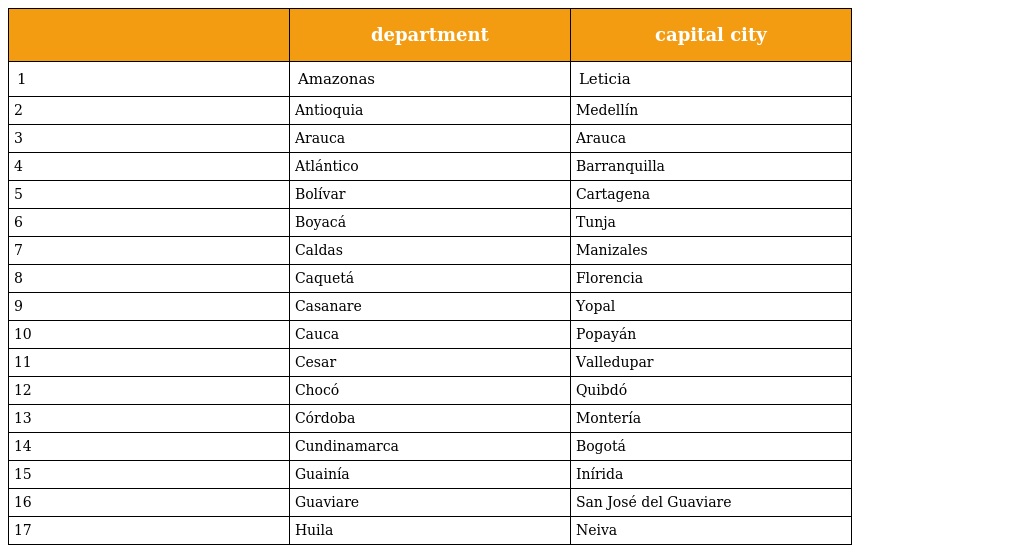
|  | department | capital city |
 | --- | --- | --- |
 | 1 | Amazonas | Leticia |
 | 2 | Antioquia | Medellín |
 | 3 | Arauca | Arauca |
 | 4 | Atlántico | Barranquilla |
 | 5 | Bolívar | Cartagena |
 | 6 | Boyacá | Tunja |
 | 7 | Caldas | Manizales |
 | 8 | Caquetá | Florencia |
 | 9 | Casanare | Yopal |
 | 10 | Cauca | Popayán |
 | 11 | Cesar | Valledupar |
 | 12 | Chocó | Quibdó |
 | 13 | Córdoba | Montería |
 | 14 | Cundinamarca | Bogotá |
 | 15 | Guainía | Inírida |
 | 16 | Guaviare | San José del Guaviare |
 | 17 | Huila | Neiva |